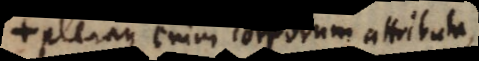
Pleraque enim corporum attributa,